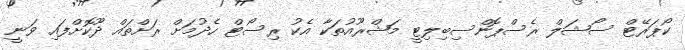
ކޯޕަރޭޓް ސޯޝަލް ރެސްޕޮންސިބިލިޓީ މަޝްރޫއުތަކާ އެކު ރިސޯޓް ހެދުމަށް ރަށްތައް ދޫކޮށްފައި ވަނީ